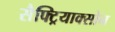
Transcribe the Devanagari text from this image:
सैफ्ट्रियाक्सोन